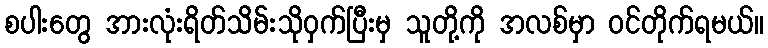
စပါးတွေ အားလုံးရိတ်သိမ်းသိုဝှက်ပြီးမှ သူတို့ကို အလစ်မှာ ဝင်တိုက်ရမယ်။